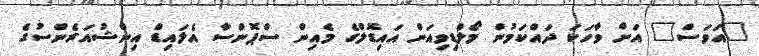
"އަވަސް" އަށް ވާހަކަ ދައްކަމުން މޯލްޑިވިއަން އައިޑޮލްގެ މެއިން ސްޕޮންސާ އެލައިޑް އިންޝުއަރެންސުގެ